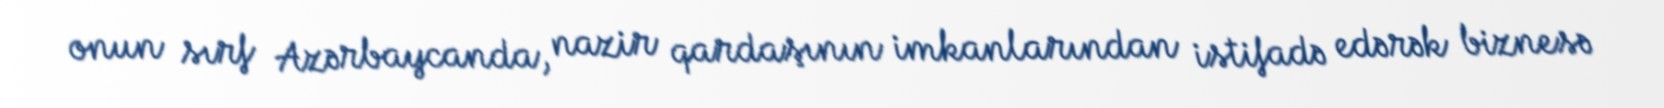
onun sırf Azərbaycanda, nazir qardaşının imkanlarından istifadə edərək biznesə